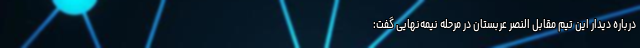
درباره دیدار این تیم مقابل النصر عربستان در مرحله نیمه‌نهایی گفت: